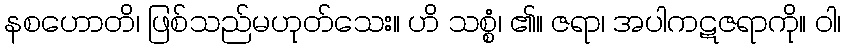
နစဟောတိ၊ ဖြစ်သည်မဟုတ်သေး။ ဟိ သစ္စံ၊ ၏။ ဇရာ၊ အပါကဋဇရာကို။ ဝါ၊